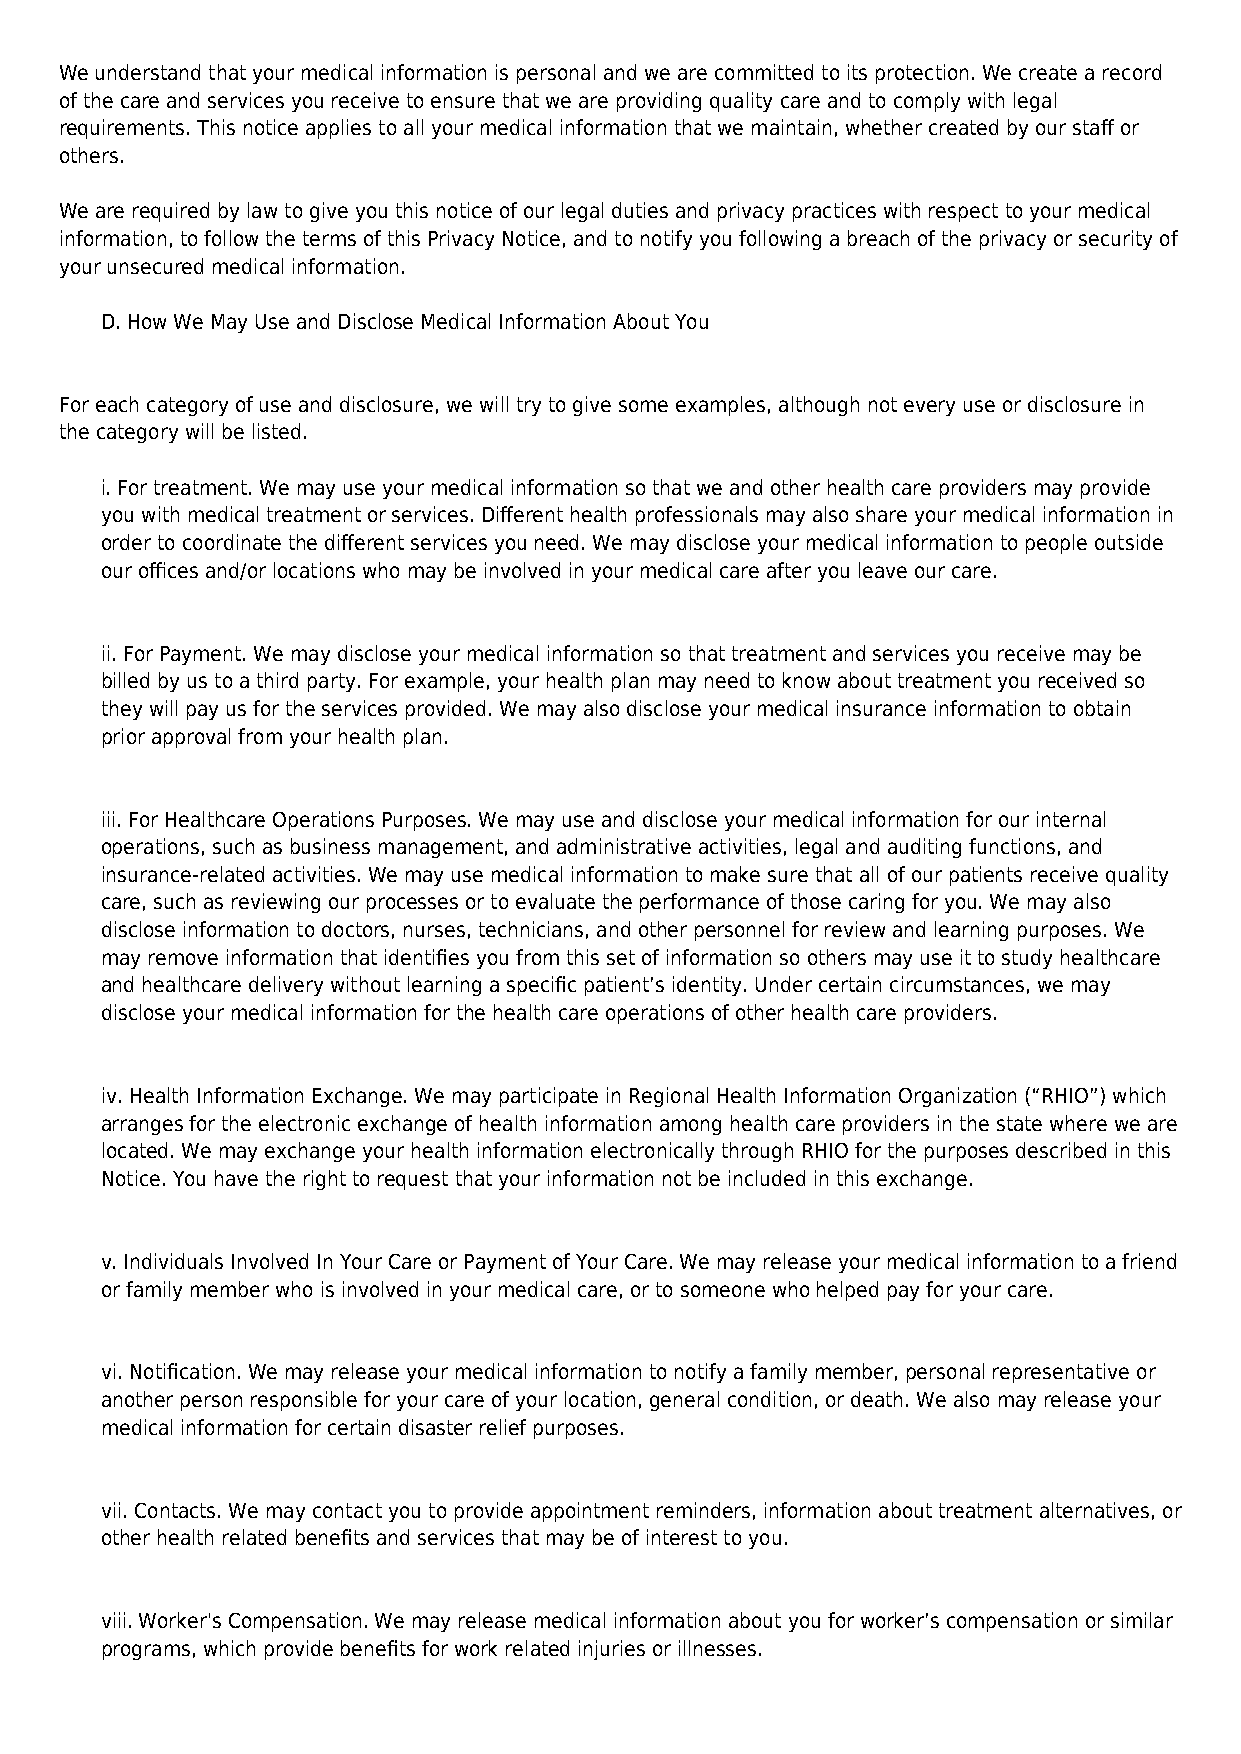
We understand that your medical information is personal and we are committed to its protection. We create a record
 of the care and services you receive to ensure that we are providing quality care and to comply with legal
 requirements. This notice applies to all your medical information that we maintain, whether created by our staff or
 others.
 We are required by law to give you this notice of our legal duties and privacy practices with respect to your medical
 information, to follow the terms of this Privacy Notice, and to notify you following a breach of the privacy or security of
 your unsecured medical information.
 D. How We May Use and Disclose Medical Information About You
 For each category of use and disclosure, we will try to give some examples, although not every use or disclosure in
 the category will be listed.
 i. For treatment. We may use your medical information so that we and other health care providers may provide
 you with medical treatment or services. Different health professionals may also share your medical information in
 order to coordinate the different services you need. We may disclose your medical information to people outside
 our offices and/or locations who may be involved in your medical care after you leave our care.
 ii. For Payment. We may disclose your medical information so that treatment and services you receive may be
 billed by us to a third party. For example, your health plan may need to know about treatment you received so
 they will pay us for the services provided. We may also disclose your medical insurance information to obtain
 prior approval from your health plan.
 iii. For Healthcare Operations Purposes. We may use and disclose your medical information for our internal
 operations, such as business management, and administrative activities, legal and auditing functions, and
 insurance-related activities. We may use medical information to make sure that all of our patients receive quality
 care, such as reviewing our processes or to evaluate the performance of those caring for you. We may also
 disclose information to doctors, nurses, technicians, and other personnel for review and learning purposes. We
 may remove information that identifies you from this set of information so others may use it to study healthcare
 and healthcare delivery without learning a specific patient’s identity. Under certain circumstances, we may
 disclose your medical information for the health care operations of other health care providers.
 iv. Health Information Exchange. We may participate in Regional Health Information Organization (“RHIO”) which
 arranges for the electronic exchange of health information among health care providers in the state where we are
 located. We may exchange your health information electronically through RHIO for the purposes described in this
 Notice. You have the right to request that your information not be included in this exchange.
 v. Individuals Involved In Your Care or Payment of Your Care. We may release your medical information to a friend
 or family member who is involved in your medical care, or to someone who helped pay for your care.
 vi. Notification. We may release your medical information to notify a family member, personal representative or
 another person responsible for your care of your location, general condition, or death. We also may release your
 medical information for certain disaster relief purposes.
 vii. Contacts. We may contact you to provide appointment reminders, information about treatment alternatives, or
 other health related benefits and services that may be of interest to you.
 viii. Worker's Compensation. We may release medical information about you for worker’s compensation or similar
 programs, which provide benefits for work related injuries or illnesses.